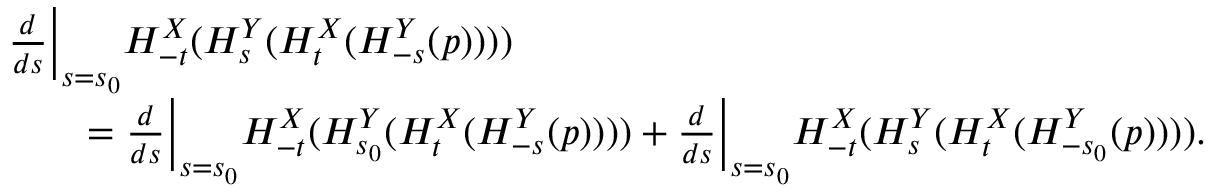
\begin{array} { r l } & { \frac { d } { d s } \bigg \vert _ { s = s _ { 0 } } H _ { - t } ^ { X } ( H _ { s } ^ { Y } ( H _ { t } ^ { X } ( H _ { - s } ^ { Y } ( p ) ) ) ) } \\ & { \qquad = \frac { d } { d s } \bigg \vert _ { s = s _ { 0 } } H _ { - t } ^ { X } ( H _ { s _ { 0 } } ^ { Y } ( H _ { t } ^ { X } ( H _ { - s } ^ { Y } ( p ) ) ) ) + \frac { d } { d s } \bigg \vert _ { s = s _ { 0 } } H _ { - t } ^ { X } ( H _ { s } ^ { Y } ( H _ { t } ^ { X } ( H _ { - s _ { 0 } } ^ { Y } ( p ) ) ) ) . } \end{array}